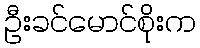
ဦးခင်မောင်စိုးက